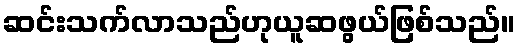
ဆင်းသက်လာသည်ဟုယူဆဖွယ်ဖြစ်သည်။